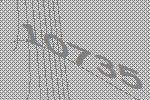
10735